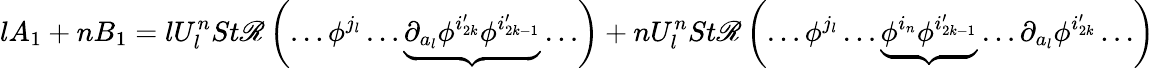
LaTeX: lA_{1}+nB_{1}=lU_{l}^{n}St\mathscr{R}\left(\ldots\phi^{j_{l}}\ldots\underbrace{{\partial_{a_{l}}\phi^{i_{2k}^{\prime}}\phi^{i_{2k-1}^{\prime}}}}\ldots\right)+nU_{l}^{n}St\mathscr{R}\left(\ldots\phi^{j_{l}}\ldots\underbrace{{\phi^{i_{n}}\phi^{i_{2k-1}^{\prime}}}}\ldots\partial_{a_{l}}\phi^{i_{2k}^{\prime}}\ldots\right)